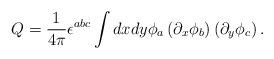
LaTeX: \begin{align*}Q=\frac{1}{4\pi}\epsilon^{abc}\int dxdy\phi_{a}\left(\partial_{x}\phi_{b}\right) \left(\partial_{y}\phi_{c}\right).\end{align*}